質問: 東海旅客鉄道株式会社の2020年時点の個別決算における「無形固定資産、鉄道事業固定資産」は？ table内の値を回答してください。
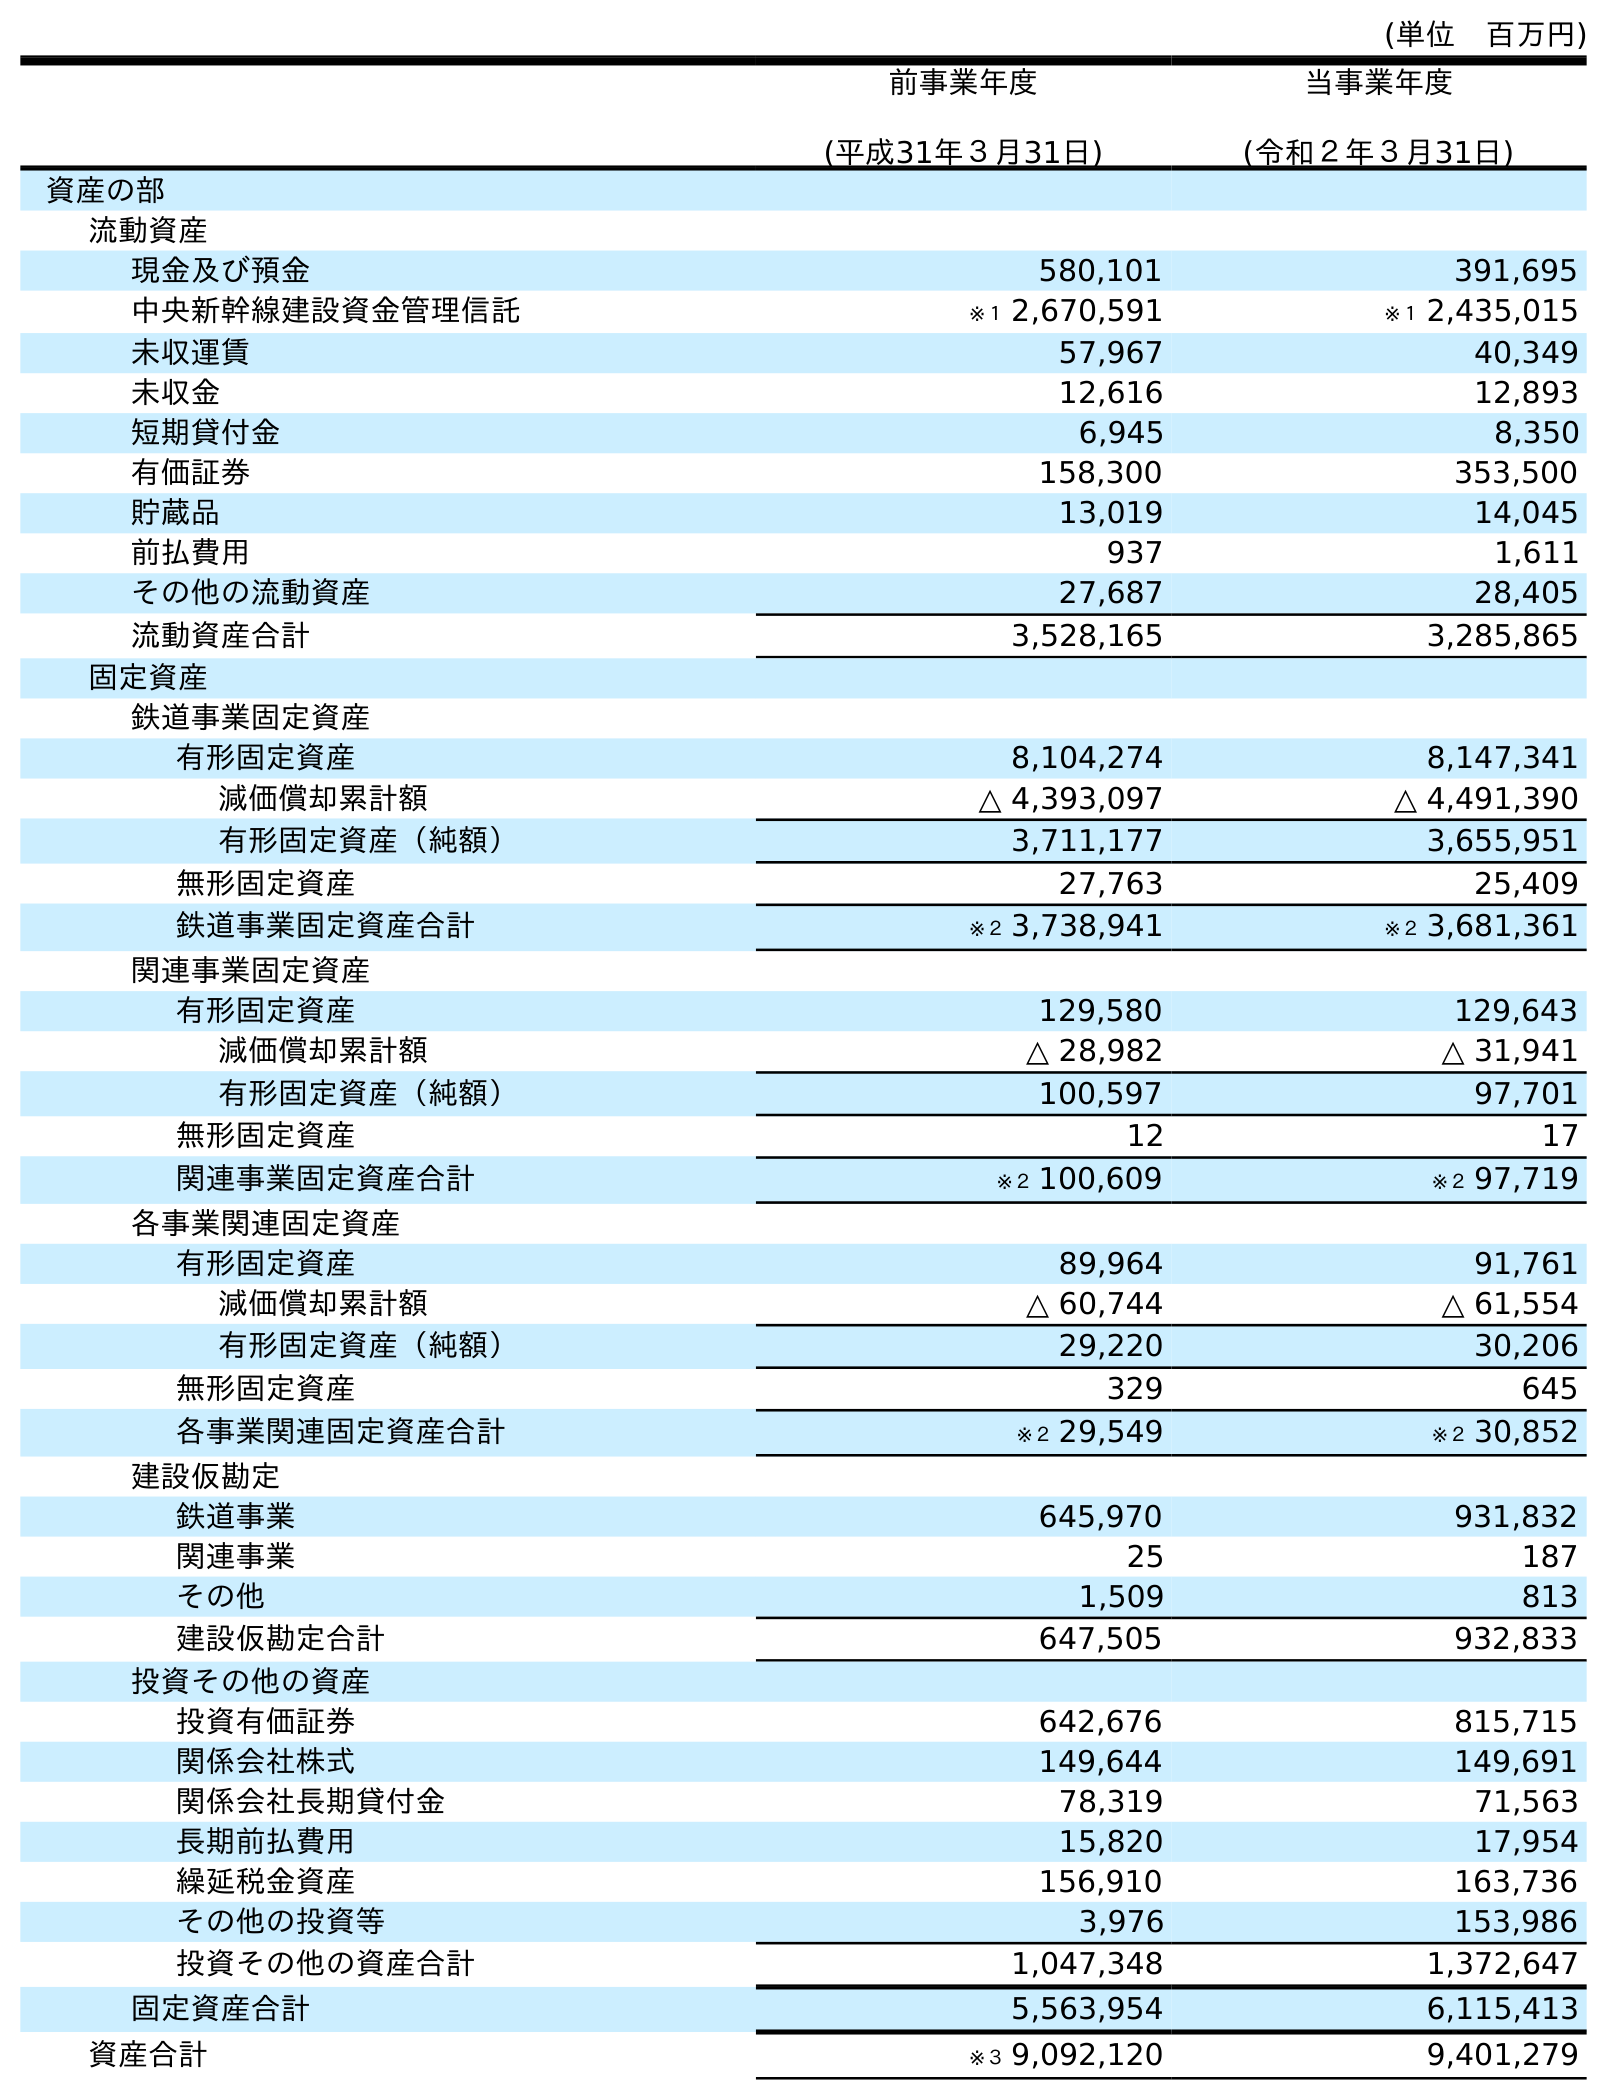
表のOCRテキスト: (単位 百万円) 前事業年度 (平成31年３月31日) 当事業年度 (令和２年３月31日) 資産の部 流動資産 現金及び預金 580,101 391,695 中央新幹線建設資金管理信託 ※１ 2,670,591 ※１ 2,435,015 未収運賃 57,967 40,349 未収金 12,616 12,893 短期貸付金 6,945 8,350 有価証券 158,300 353,500 貯蔵品 13,019 14,045 前払費用 937 1,611 その他の流動資産 27,687 28,405 流動資産合計 3,528,165 3,285,865 固定資産 鉄道事業固定資産 有形固定資産 8,104,274 8,147,341 減価償却累計額 △ 4,393,097 △ 4,491,390 有形固定資産（純額） 3,711,177 3,655,951 無形固定資産 27,763 25,409 鉄道事業固定資産合計 ※２ 3,738,941 ※２ 3,681,361 関連事業固定資産 有形固定資産 129,580 129,643 減価償却累計額 △ 28,982 △ 31,941 有形固定資産（純額） 100,597 97,701 無形固定資産 12 17 関連事業固定資産合計 ※２ 100,609 ※２ 97,719 各事業関連固定資産 有形固定資産 89,964 91,761 減価償却累計額 △ 60,744 △ 61,554 有形固定資産（純額） 29,220 30,206 無形固定資産 329 645 各事業関連固定資産合計 ※２ 29,549 ※２ 30,852 建設仮勘定 鉄道事業 645,970 931,832 関連事業 25 187 その他 1,509 813 建設仮勘定合計 647,505 932,833 投資その他の資産 投資有価証券 642,676 815,715 関係会社株式 149,644 149,691 関係会社長期貸付金 78,319 71,563 長期前払費用 15,820 17,954 繰延税金資産 156,910 163,736 その他の投資等 3,976 153,986 投資その他の資産合計 1,047,348 1,372,647 固定資産合計 5,563,954 6,115,413 資産合計 ※３ 9,092,120 9,401,279
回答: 25,409